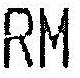
RM